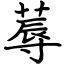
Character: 蓐